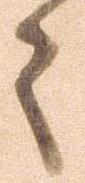
々